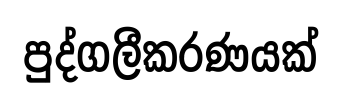
පුද්ගලීකරණයක්